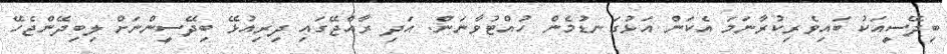
ބިދޭސީއަކު ބައިވެރިކުރާނަމަ އެކަން އަޅުގަނޑުމެން ހުއްޓުވާނަން. އަދި ރާއްޖޭގައި ދިރިއުޅޭ ބިދޭސީންނަށް ލިބިދޭންޖެހޭ